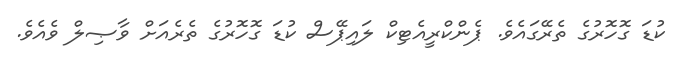
ކުޑަ ގޮހޮރުގެ ތެރޭގައެވެ. ޕެންކްރީއެޓިކް ލައިޕޭސް ކުޑަ ގޮހޮރުގެ ތެރެއަށް ވާޞިލް ވެއެވެ.